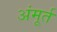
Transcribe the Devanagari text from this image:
अंमूर्त